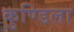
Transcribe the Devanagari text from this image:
कुण्डिला